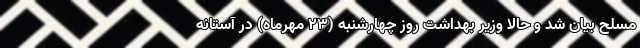
مسلح بیان شد و حالا وزیر بهداشت روز چهارشنبه (۲۳ مهرماه) در آستانه